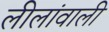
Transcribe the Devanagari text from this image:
लीलांवाली